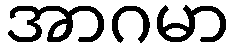
အာဂမာ